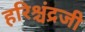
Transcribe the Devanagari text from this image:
हरिश्चंद्रजी